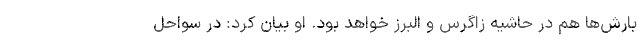
بارش‌ها هم در حاشیه زاگرس و البرز خواهد بود. او بیان کرد: در سواحل